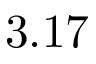
3 . 1 7